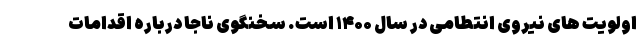
اولویت های نیروی انتطامی در سال ۱۴۰۰ است. سخنگوی ناجا درباره اقدامات